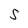
Character: S